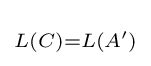
\scriptstyle L(C)=L(A')